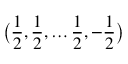
{ \bigl ( } { \frac { 1 } { 2 } } , { \frac { 1 } { 2 } } , \ldots { \frac { 1 } { 2 } } , - { \frac { 1 } { 2 } } { \bigr ) }